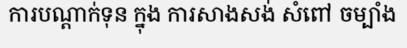
ការបណ្តាក់ទុន ក្នុង ការសាងសង់ សំពៅ ចម្បាំង